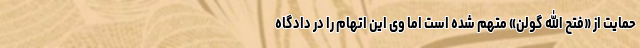
حمایت از «فتح الله گولن» متهم شده است اما وی این اتهام را در دادگاه